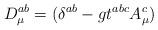
LaTeX: \begin{align*}D_{\mu}^{ab}= (\delta^{ab}-gt^{abc}A_{\mu}^c)\end{align*}